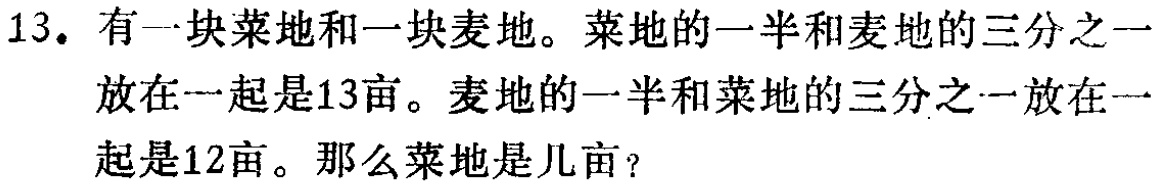
13. 有一块菜地和一块麦地。菜地的一半和麦地的三分之一放在一起是13亩。麦地的一半和菜地的三分之一放在一起是12亩。那么菜地是几亩？